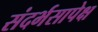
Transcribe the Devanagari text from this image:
संदर्भसापेक्ष